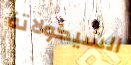
الشيكولاتة